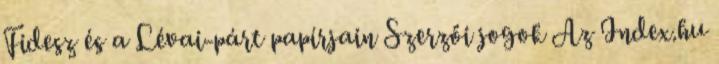
Fidesz és a Lévai-párt papírjain Szerzői jogok Az Index.hu